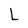
Character: L